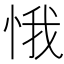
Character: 𱞛